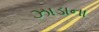
ઝાડાના